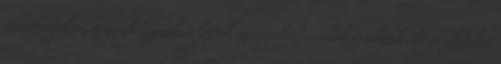
ünnepségeken, megemlékezéseken léptek színpadra, és élőben adnak elő részleteket